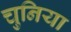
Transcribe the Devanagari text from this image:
चुनिया